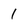
Character: 1